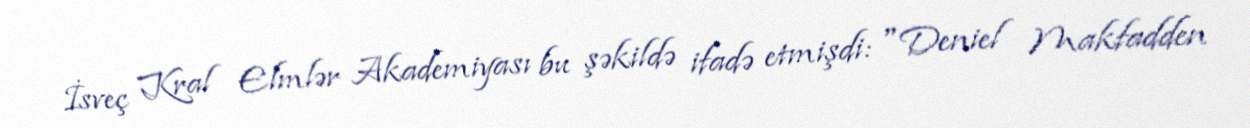
İsveç Kral Elmlər Akademiyası bu şəkildə ifadə etmişdi: "Deniel Makfadden